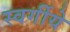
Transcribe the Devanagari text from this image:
स्वर्गीये